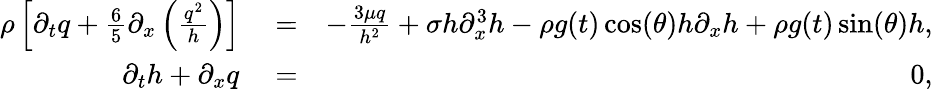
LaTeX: \begin{array}{rlr}{\rho\left[\partial_{t}q+\frac{6}{5}\partial_{x}\left(\frac{q^{2}}{h}\right)\right]}&{{}=}&{-\frac{3\mu q}{h^{2}}+\sigma h\partial_{x}^{3}h-\rho g(t)\cos(\theta)h\partial_{x}h+\rho g(t)\sin(\theta)h,}\\ {\partial_{t}h+\partial_{x}q}&{{}=}&{0,}\end{array}